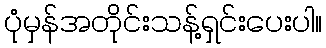
ပုံမှန်အတိုင်းသန့်ရှင်းပေးပါ။